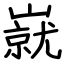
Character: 㠇